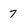
Character: 7